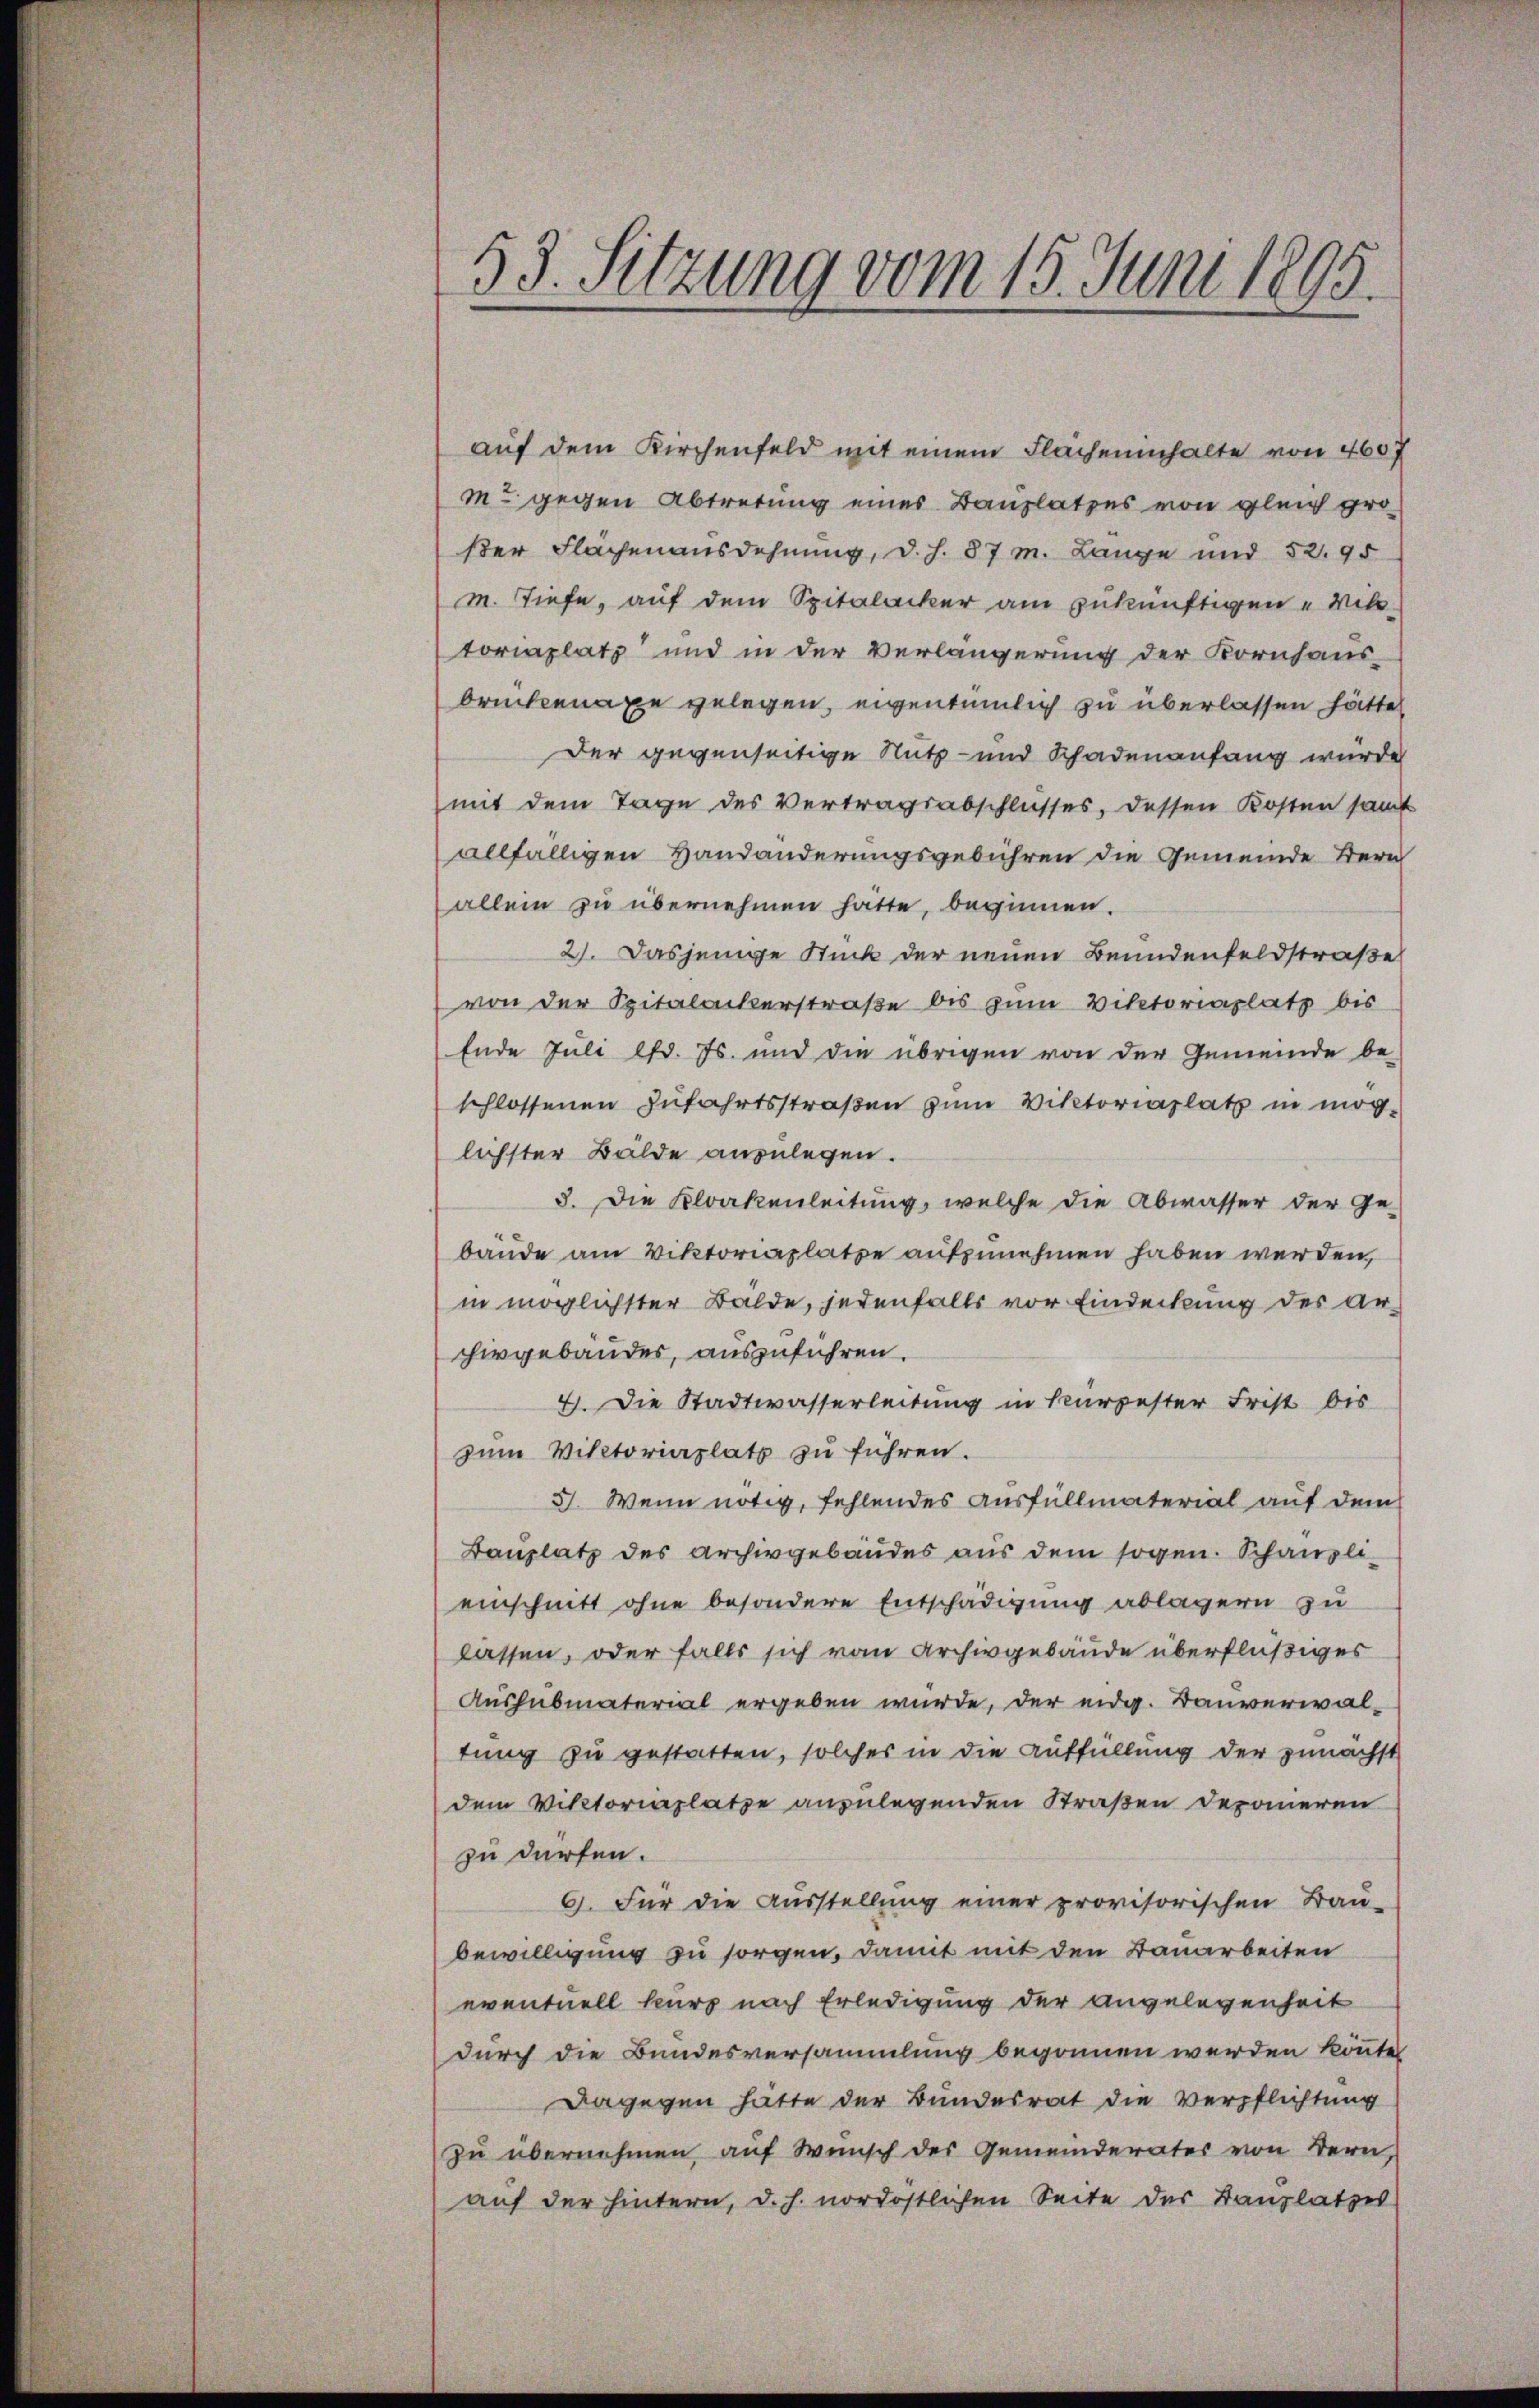
53. Sitzung vom 15. Juni 1895.

auf dem Kirchenfeld mit einem Flächeninhalte von 4607
m. gegen Abtretung eines Bauplatzes von gleich groser Flächenausdehnung, d.h. 87 m. Lange und 52. 95
m. Tiefe, auf dem Spitalacker am zukünftigen „Wil-
toriaplatz und in der Verlängerung der Kornhaus-
brückenaxe gelegen, eigentümlich zu überlassen hätte
Der gegenseitige Nutz- und Schadenanfang wurde
mit dem Tage des Vertragsabschlusses, dessen Kosten samt
allfälligen Handänderungsgebühren die Gemeinde Bern
allein zu übernehmen hätte, beginnen.
2). Dasjenige Stück der neuen Beundenfeldstraße
von der Spitalackerstraße bis zum Viktoriaplatz bis
Ende Juli lfd. Js. und die übrigen von der Gemeinde be-
schlossenen Zufahrtsstraßen zum Viktoriaplatz in möglichster Bälde anzulegen.
3. Die Kloakenleitung, welche die Abwasser der Ge-
bäude am Viktoriaplatze aufzunehmen haben werden,
in möglichster Balde, jedenfalls vor Eindeckung der arhirgebäudes, auszuführen.
4. Die Stadtwasserleitung in kurzester Frist bis
zum Victoriaplatz zu führen.
3. Wenn nötig, fehlendes Ausfüllmaterial auf dem
Bauplatz des Archivgebäudes aus dem sogen. Schänzlieinschnitt ohne besondere Entschädigung ablagern zu
lassen, oder falls sich von Archivgebäude überflüßiges
Aushubmaterial ergeben wurde, der eidg. Bauverwaltung zu gestatten, solches in die Auffüllung der zunächst
dem Viktoriaplatze anzulegenden Straßen deponeren
zu dürfen.
G. Für die Ausstellung einer provisorischen Bau-
bewilligung zu sorgen, damit mit den Banarbeiten
eventuell kurz nach Erledigung der angelegenheit
durch die Bundesversammlung begonnen werden könnte
Dagegen hatte der Bundesrat die Verpflichtung
zu übernehmen auf Wunsch des Gemeinderates von Bern,
auf der hintern, d. h. nordöstlichen Seite der Bauplatzes